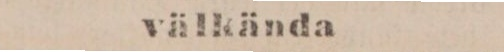
välkända